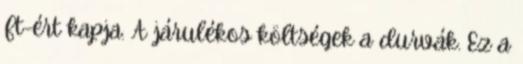
Ft-ért kapja. A járulékos költségek a durvák. Ez a